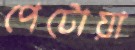
পেটোয়া